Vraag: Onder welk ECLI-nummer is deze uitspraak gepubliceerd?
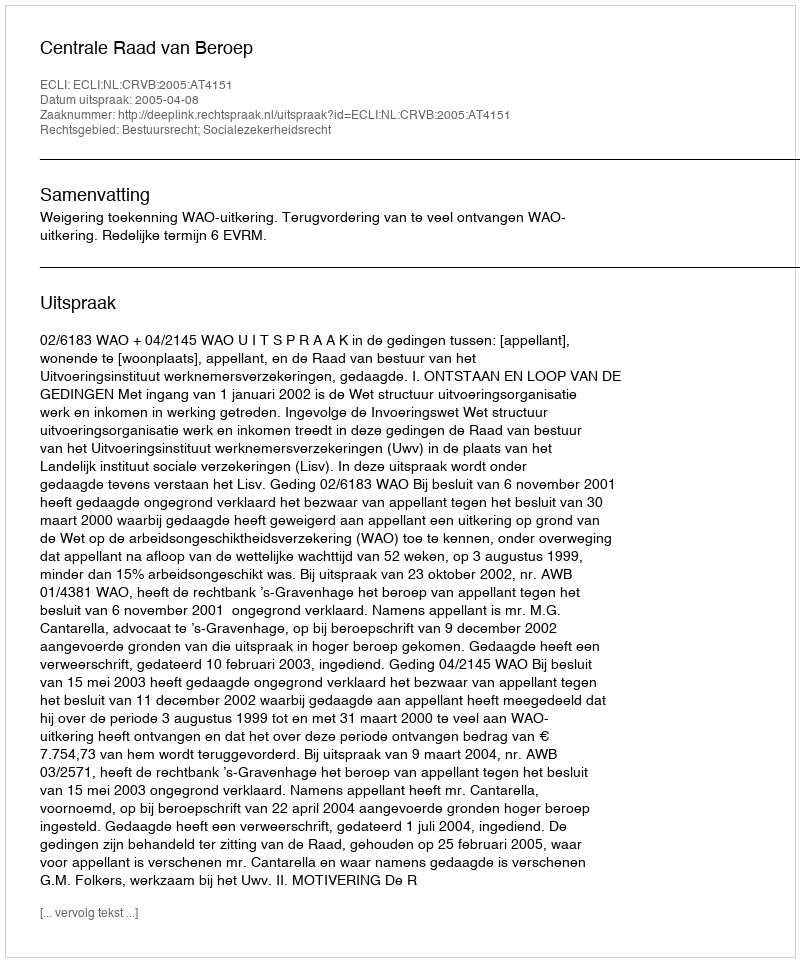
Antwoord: ECLI:NL:CRVB:2005:AT4151